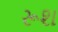
રૂશ